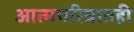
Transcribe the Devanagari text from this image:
आत्मचरित्रातही